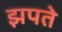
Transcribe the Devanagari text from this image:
झपते